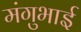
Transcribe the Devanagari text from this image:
मंगुभाई